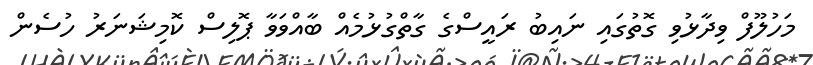
މަހުލޫފް ވިދާޅުވި ގޮތުގައި ނައިބު ރައީސްގެ ގާތްގުޅުމެއް ބާއްވަވާ ޕޮލިސް ކޮމިޝަނަރު ހުސެން